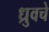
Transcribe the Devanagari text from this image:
ध्रुवचे